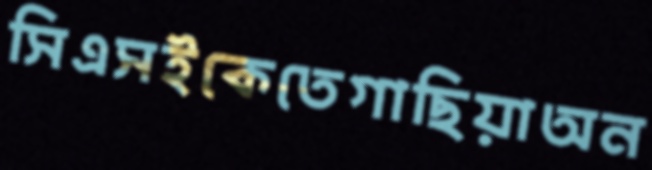
সিএসইকেতেগাছিয়াঅন